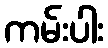
ကမ်းပါး